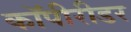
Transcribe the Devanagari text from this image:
कॉपीरीडर